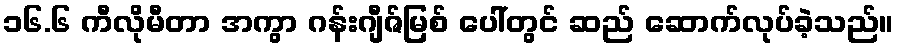
၁၆.၆ ကီလိုမီတာ အကွာ ဂန်းဂျီဇ်မြစ် ပေါ်တွင် ဆည် ဆောက်လုပ်ခဲ့သည်။